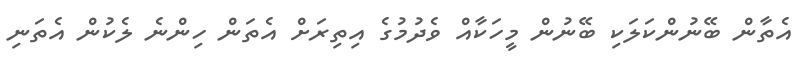
އެތާން ބޭނުންކަލަކި ބޭނުން މީހަކާއް ވެދުމުގެ އިތިރަށް އެތަން ހިންނެ ލެކުން އެތަނި